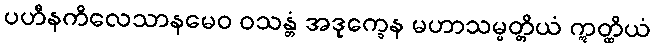
ပဟီနကိလေသာနမေဝ ဝသန္တံ အဒုက္ခေန မဟာသမ္ပတ္တိယံ ဣတ္ထိယံ